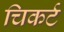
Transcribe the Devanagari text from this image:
चिकर्ट